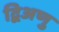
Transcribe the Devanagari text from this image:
द्विअणु